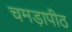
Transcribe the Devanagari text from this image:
चमड़ापीठ